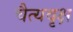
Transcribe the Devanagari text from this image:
चैत्यवृक्ष